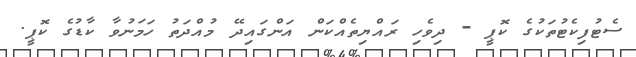
ސެޓުފިކެޓުތަކުގެ ކޮޕީ - ދިވެހި ރައްޔިތެއްކަން އަންގައިދޭ މުއްދަތު ހަމަނުވާ ކާޑުގެ ކޮޕީ.